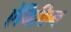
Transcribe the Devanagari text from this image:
ऐनिकिन